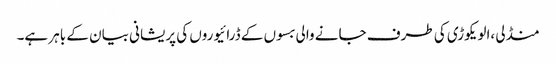
منڈلی ،الویکوڑی کی طرف جانے والی بسوں کے ڈرائیوروں کی پریشانی بیان کے باہر ہے۔